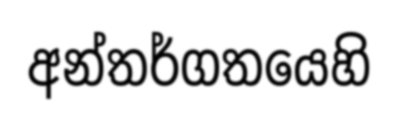
අන්තර්ගතයෙහි